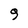
Character: 3